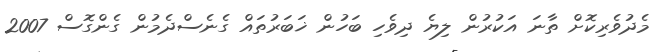
މެދުވެރިކޮށް ތާނަ އަކުރުން ލިޔެ ދިވެހި ބަހުން ޚަބަރުތައް ގެނެސްދެމުން ގެންގޮސް 2007